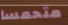
متحمسا